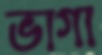
ভাগা